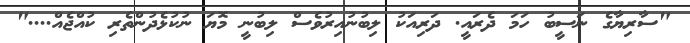
"ސާރިޔާގެ ނަސީބު ހަމަ ދެރައީ. ދަރިއަކު ލިބުނުއިރުވެސް ލިބުނީ މޮޔަ ނުކުޅެދުންތެރި ކުއްޖެއް...."